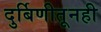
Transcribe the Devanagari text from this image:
दुर्बिणीतूनही